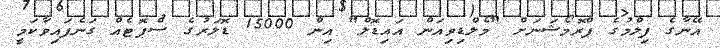
އޭނާގެ ފިލްމުގެ ޕްރޮމޯޝަނަށް "މޯލްޑިވިއަން އައިޑޮލް" އިން 15000 ޑޮލަރުގެ ސްޕޮޓެއް ގަނެފައިވާކަމީ